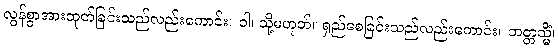
လွန်စွာအားထုတ်ခြင်းသည်လည်းကောင်း။ ဝါ၊ သို့မဟုတ်။ ရှည်စေခြင်းသည်လည်းကောင်း။ ဘတ္တသ္မိံ၊